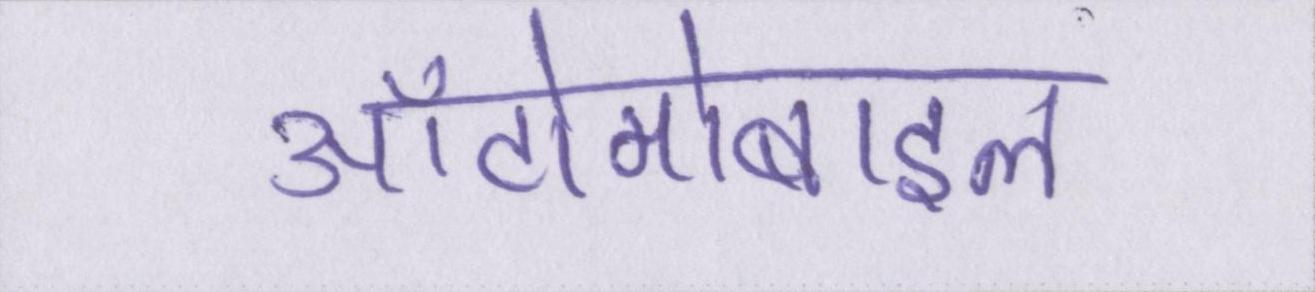
ऑटोमोबाइल